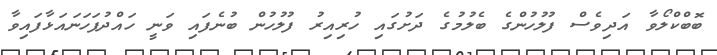
ބޮބްކްލޯވާ އަދިވެސް ފުލުހުންގެ ބެލުމުގެ ދަށުގައި ހުރިއިރު ފުލުހުން ބުނެފައި ވަނީ ހައްދުފަހަނައަޅާފައިވާ